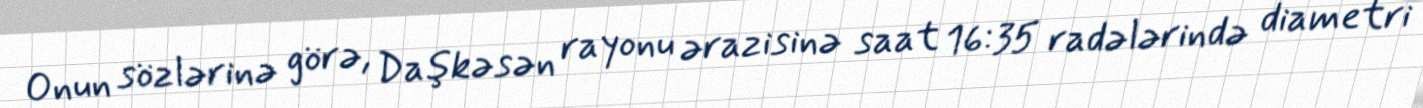
Onun sözlərinə görə, Daşkəsən rayonu ərazisinə saat 16:35 radələrində diametri